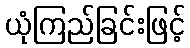
ယုံကြည်ခြင်းဖြင့်